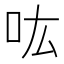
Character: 吰